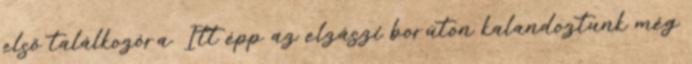
első találkozóra. Itt épp az elzászi borúton kalandoztunk még